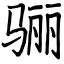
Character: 骊